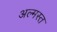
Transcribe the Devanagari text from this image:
अल्मस्त